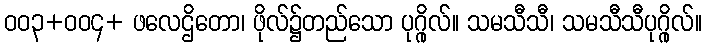
ဝဝ၃+ဝဝ၄+ ဖလေဌိတော၊ ဖိုလ်၌တည်သော ပုဂ္ဂိုလ်။ သမသီသီ၊ သမသီသီပုဂ္ဂိုလ်။